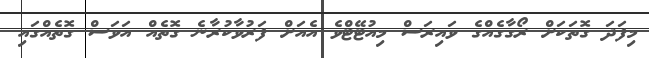
މިފަދަ ގޮތަކަށް ރޯގާގެއްގެ ވައިރަސް މިއުޓޭޓްވެ އެއަށް ފަރުވާކުރާނެ ގޮތެއް އަވަސް ގޮތެއްގައި